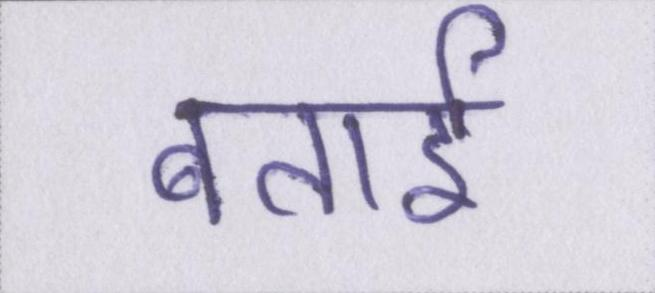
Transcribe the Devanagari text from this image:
बताई